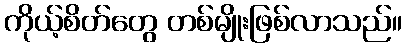
ကိုယ့်စိတ်တွေ တစ်မျိုးဖြစ်လာသည်။